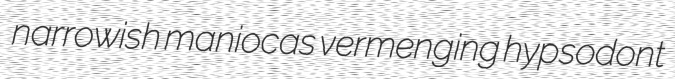
narrowish maniocas vermenging hypsodont